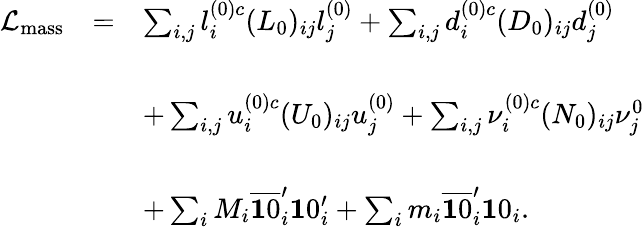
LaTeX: \begin{array}{ccl}{{{\cal L}_{\mathrm{mass}}}}&{{=}}&{{\sum_{i,j}l_{i}^{(0)c}(L_{0})_{ij}l_{j}^{(0)}+\sum_{i,j}d_{i}^{(0)c}(D_{0})_{ij}d_{j}^{(0)}}}\\ {{}}&{{}}&{{}}\\ {{}}&{{}}&{{+\sum_{i,j}u_{i}^{(0)c}(U_{0})_{ij}u_{j}^{(0)}+\sum_{i,j}{\nu}_{i}^{(0)c}(N_{0})_{ij}{\nu}_{j}^{0}}}\\ {{}}&{{}}&{{}}\\ {{}}&{{}}&{{+\sum_{i}M_{i}\overline{{{{\mathbf 10}}}}_{i}^{\prime}{\mathbf 10}_{i}^{\prime}+\sum_{i}m_{i}\overline{{{{\mathbf 10}}}}_{i}^{\prime}{\mathbf 10}_{i}.}}\end{array}